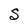
Character: S